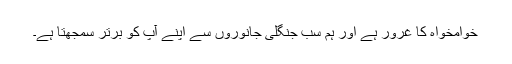
خوامخواہ کا غرور ہے اور ہم سب جنگلی جانوروں سے اپنے آپ کو برتر سمجھتا ہے۔